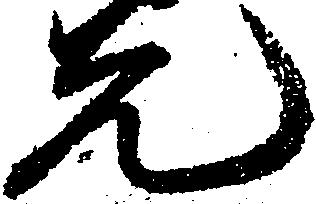
先